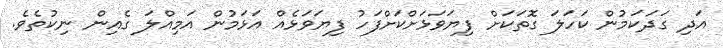
އަދި ގަދަކަމުން ކަހަލަ ގޮތަކަށް ފިޔަވަޅަށްކަށްފަހު ފިޔަވަޅެއް އަޅަމުން އަމިއްލަ ގެއިން ނިކުތެވެ.